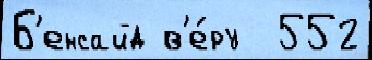
Б'енсайд в'е́ру  552